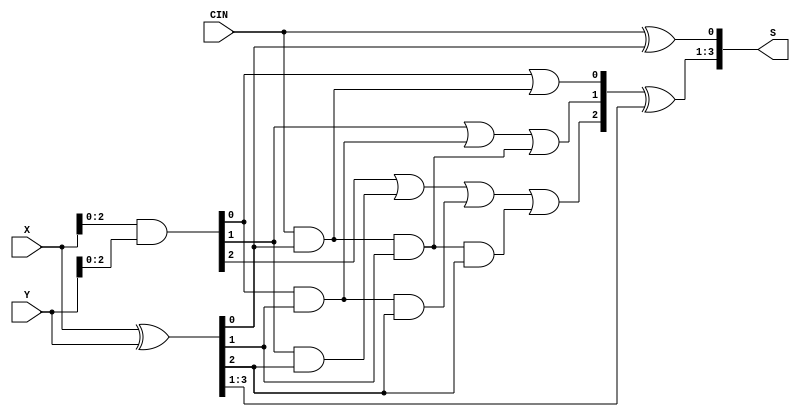
module carry_adder(X, Y, CIN, S);
  input wire [3:0] X, Y; // Operands
  input wire CIN; // Carry in
  output wire [3:0] S; // Sum outputs
  wire [3:0] C; // Carry equations (C[3] is Cout)
  wire [3:0] P, G;
  assign G = X & Y; // Generate functions G[0] = X[0]&Y[0]; G[1] = .. so on
  assign P = X ^ Y; // Propagate functions P[0] = X[0]^Y[0]; P[1] = .. so on
  // Carry function definitions
  assign C[0] = G[0] | CIN & P[0];
  assign C[1] = G[1] | G[0] & P[1] | CIN & P[0] & P[1];
  assign C[2] = G[2] | G[1] & P[2] | G[0] & P[1] & P[2] | CIN & P[0] & P[1] & P[2];
  assign C[3] = G[3] | G[2] & P[3] | G[1] & P[2] & P[3] | G[0] & P[1] & P[2] & P[3] | CIN & P[0] & P[1] & P[2] & P[3];
  assign S[0] = CIN ^ P[0];
  assign S[3:1] = C[2:0] ^ P[3:1];
endmodule